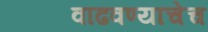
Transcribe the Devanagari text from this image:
वाढवण्याचेच